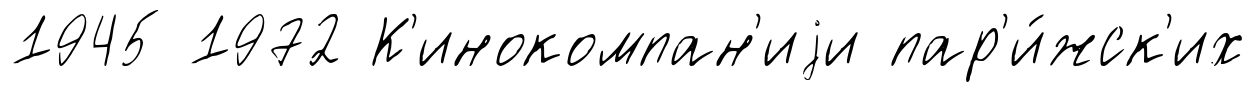
1945 1972 К'инокомпан'иjи пар'и́жск'их